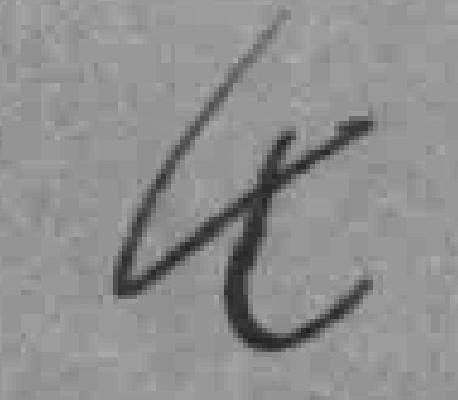
生